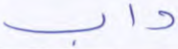
داب